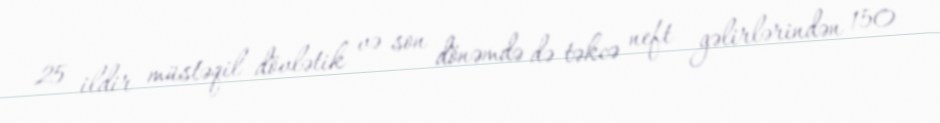
25 ildir müstəqil dövlətik və son dönəmdə də təkcə neft gəlirlərindən 150